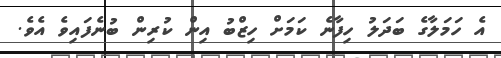
އެ ހަމަލާގެ ބަދަލު ހިފާނެ ކަމަށް ހިޒްބު އިން ކުރިން ބުނެފައިވެ އެވެ.